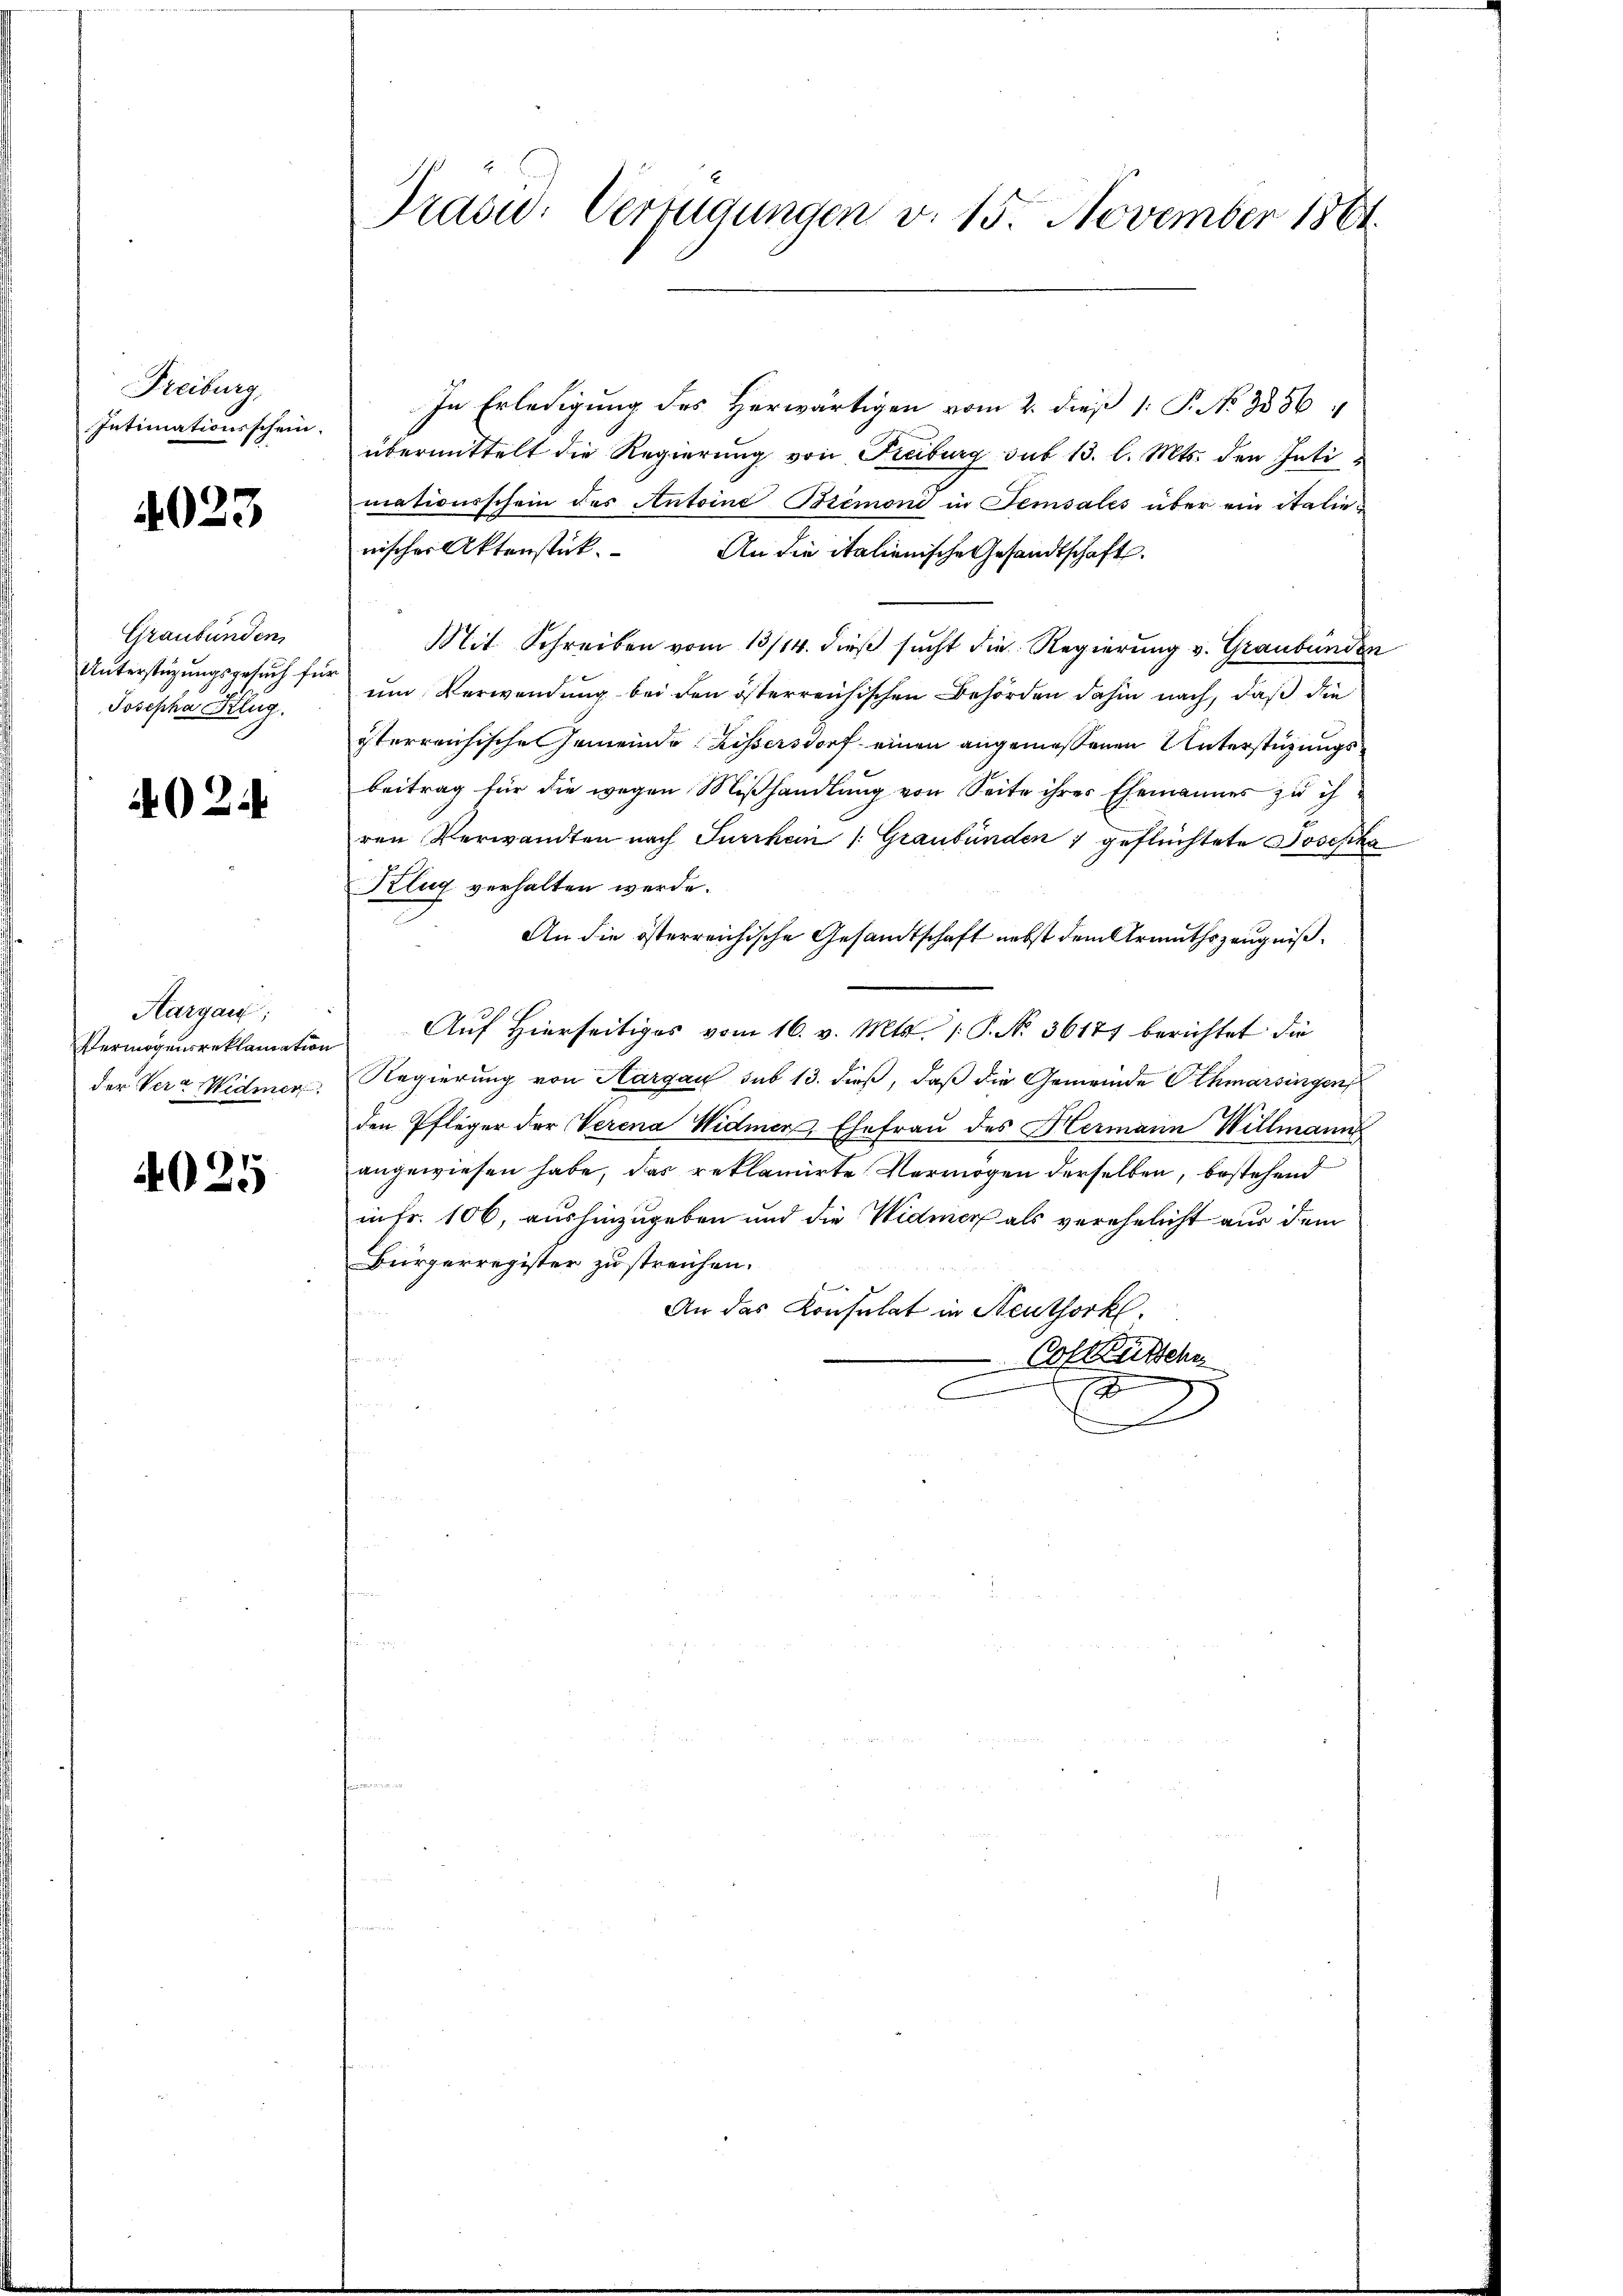
Freiburg,
Intimationsschein.

4023

Graubünden,
Josepha Klug.

402.

Hargau;
Vermögensreklamation

4025

In Erledigung des Herwärtigen vom 2. dieß 1: P. No 3356
übermittelt die Regierung von Freiburg sub 13. l. Mts. den Intimationsschein des Antoine Bremoni in Temsales über ein italienischer Aktenstück.
An die italienische Gesandtschaft.
Mit Schreiben vom 13/14. dieß sucht die Regierung v. Graubünden
Unterstüzungsgesŭch für ŭm Verwendung bei den österreichischen Behörden dahin nach, daß die
österreichische Gemeinde Kissersdorf einen angemessenen Unterstüzungsbeitrag für die wegen Mißhandlung von Seite ihres Ehemannes zu ih
ren Verwandten nach Furchein /: Graubünden 1 geflüchtete Josepha
Klug verhalten werde.
An die österreichische Gesandtschaft nebst dem Armuthszeugniß¬
Auf hierseitiges vom 16. v. Mts. 1. P. N. 36171 berichtet die
der Ver- Widmer Regierung von Aargau sub 13. dieß, daß die Gemeinde Othmarsingen
den Pfleger der Verena Widmer, Ehefrau des Hermann Willmann
angewiesen habe, das reklamirte Vermögen derselben, bestehend
inFr. 106, aushinzugeben und die Widmer als verehelicht aus dem
Bürgerregister zu streichen.
f
An das Konsulat in Steuthork.
u
Coflütsche
2
d

Präsid.. Verfügungen v. 15. November 1861.